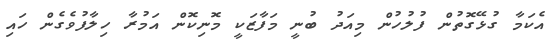
އެކަމާ ގުޅޭގޮތުން ފުލުހުން މިއަދު ބުނީ މަފާޒަކީ މޮނިކޮން އަމުރާ ހިލާފުވެގެން ހައި